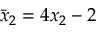
\bar { x } _ { 2 } = 4 x _ { 2 } - 2